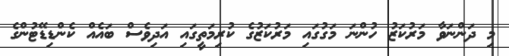
މި ދަންނަވާ މަރުކަޒު ހުންނަ މަގުގައި މަރުކަޒުގެ ކުރިމަތީގައި އަދިވެސް ބައެއް ކެންޑިޑޭޓުންގެ